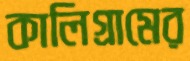
কালিগ্রামের